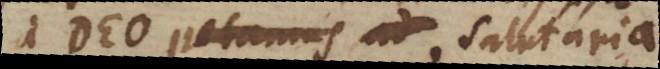
Deo petamus ad salutaria